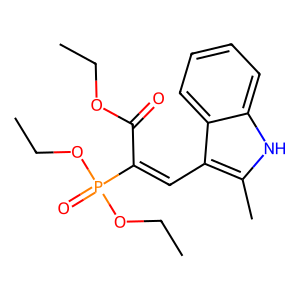
SMILES: CCOC(=O)C(=Cc1c(C)[nH]c2ccccc12)P(=O)(OCC)OCC
Inhibits HIV replication: Yes